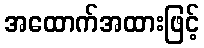
အထောက်အထားဖြင့်